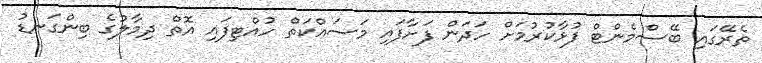
ތެރޭގައި ބޭސްމެންޓް ފުޅާކުރުމަށް ހަދަން ފަށާފައި މަސައްކަތް ހުއްޓިފައި އޮތް ދިމާލުގެ ބިންގަނޑު